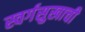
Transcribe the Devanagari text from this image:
स्वर्गसुखाची